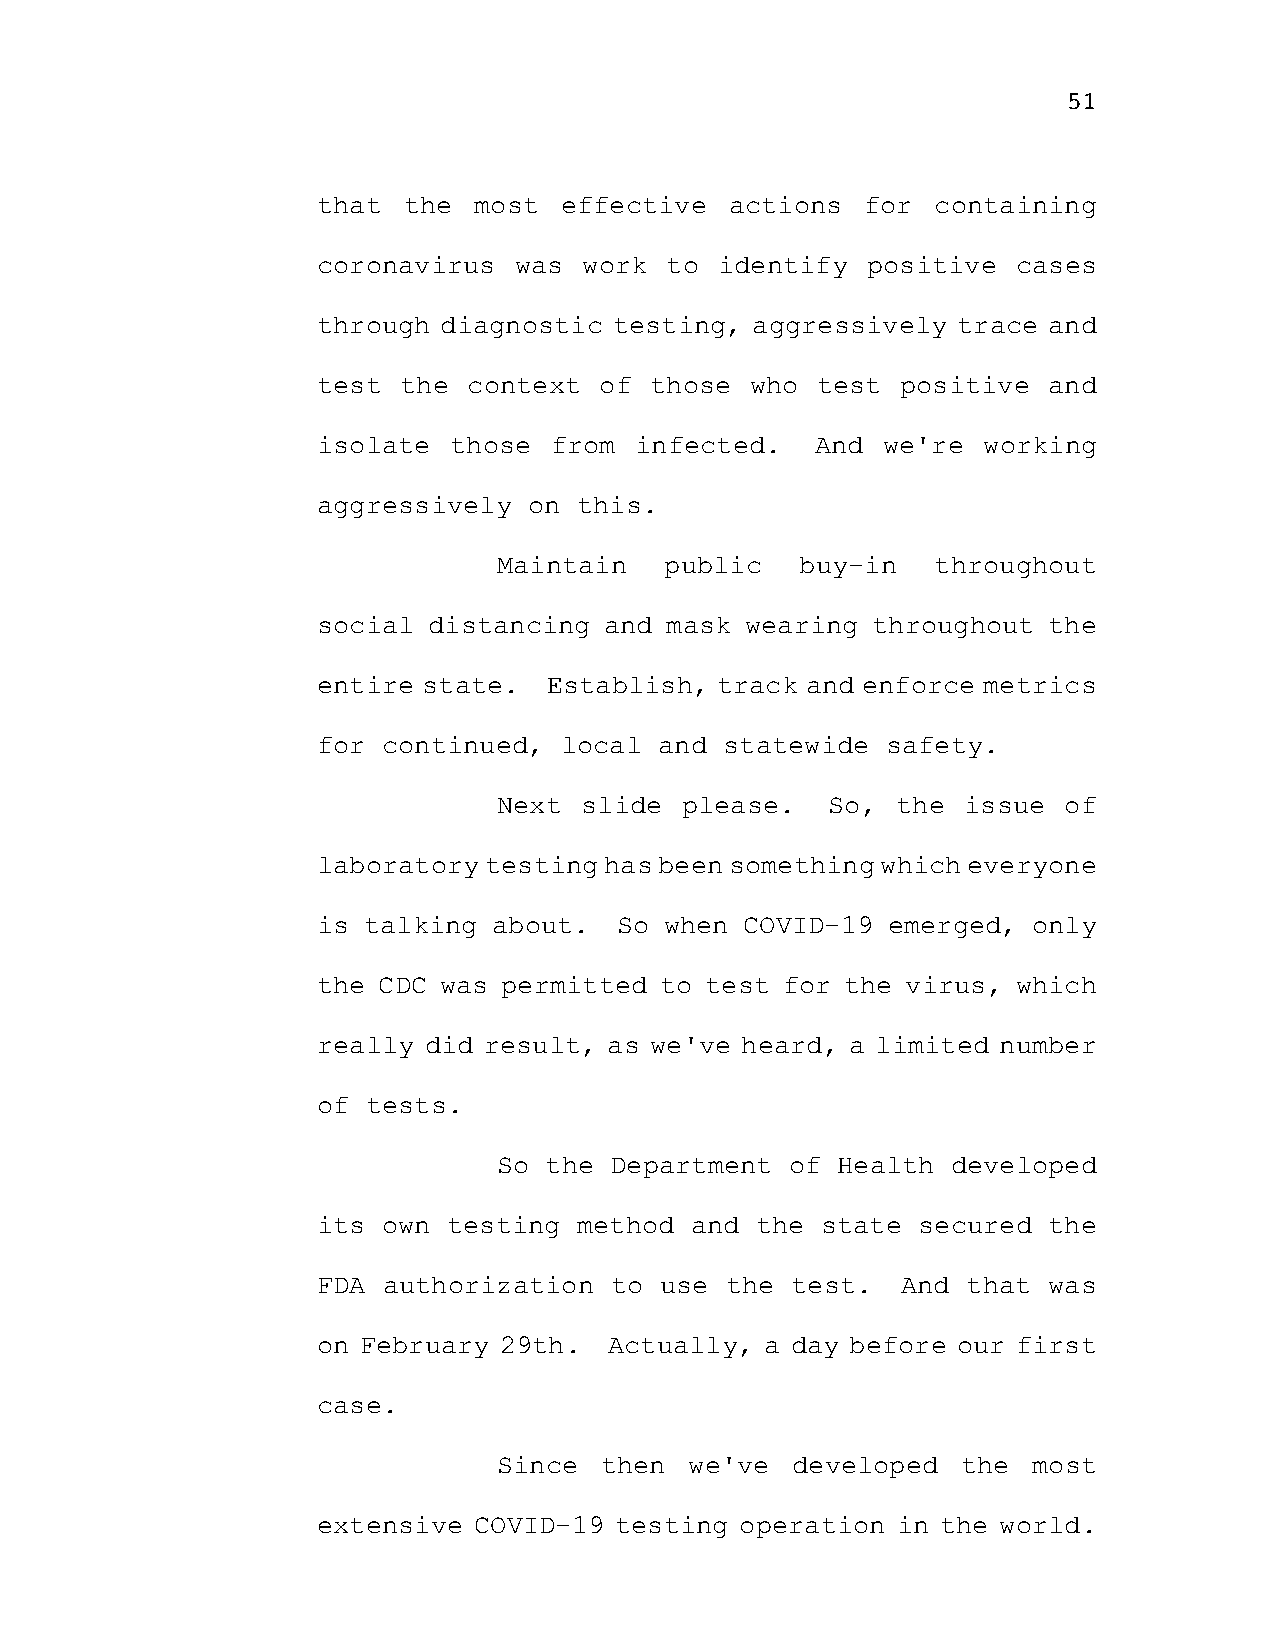
51
 that  the most  effective  actions  for  containing
 coronavirus  was  work to  identify positive  cases
 through diagnostic  testing, aggressively trace and
 test the  context  of those  who test  positive and
 isolate  those from  infected.   And we're  working
 aggressively  on this.
 Maintain   public   buy-in   throughout
 social distancing  and mask wearing  throughout the
 entire state.  Establish, track and enforce metrics
 for continued,  local  and statewide  safety.
 Next slide  please.   So, the  issue of
 laboratory testing has been something which everyone
 is talking  about.  So when COVID-19  emerged, only
 the CDC was permitted  to test for the virus, which
 really did result, as we've heard, a limited number
 of tests.
 So the Department  of Health  developed
 its own  testing method  and the state  secured the
 FDA authorization  to  use the test.   And that was
 on February 29th.  Actually,  a day before our first
 case.
 Since  then  we've developed   the most
 extensive COVID-19  testing operation in the world.